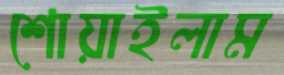
শোয়াইলাম